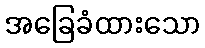
အခြေခံထားသော